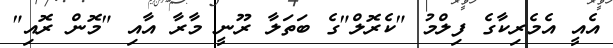
އެއީ އެމެރިކާގެ ފިލްމު "ކެރޮލް"ގެ ބަތަލާ ރޫނީ މާރާ އާއި "މޮން ރޮއި"